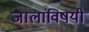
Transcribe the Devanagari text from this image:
जालांविषयी